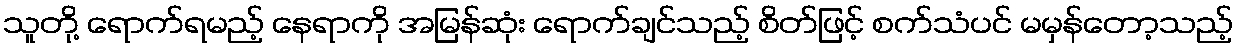
သူတို့ ရောက်ရမည့် နေရာကို အမြန်ဆုံး ရောက်ချင်သည့် စိတ်ဖြင့် စက်သံပင် မမှန်တော့သည့်